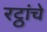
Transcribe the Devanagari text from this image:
रट्ठांचे